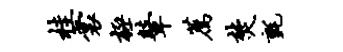
桂裳极鼙荐焚毡